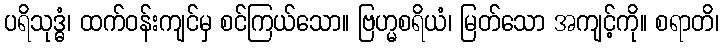
ပရိသုဒ္ဓံ၊ ထက်ဝန်းကျင်မှ စင်ကြယ်သော။ ဗြဟ္မစရိယံ၊ မြတ်သော အကျင့်ကို။ စရာတိ၊